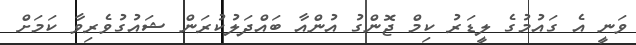
ވަނީ އެ ގައުމުގެ ލީޑަރު ކިމް ޖޮންގު އުންއާ ބައްދަލުކުރަން ޝައުގުވެރިވާ ކަމަށް